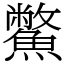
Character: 鱉